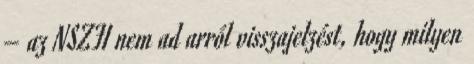
– az NSZFI nem ad arról visszajelzést, hogy milyen